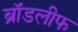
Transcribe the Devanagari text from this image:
ब्रॉडलीफ